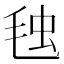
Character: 𣭦